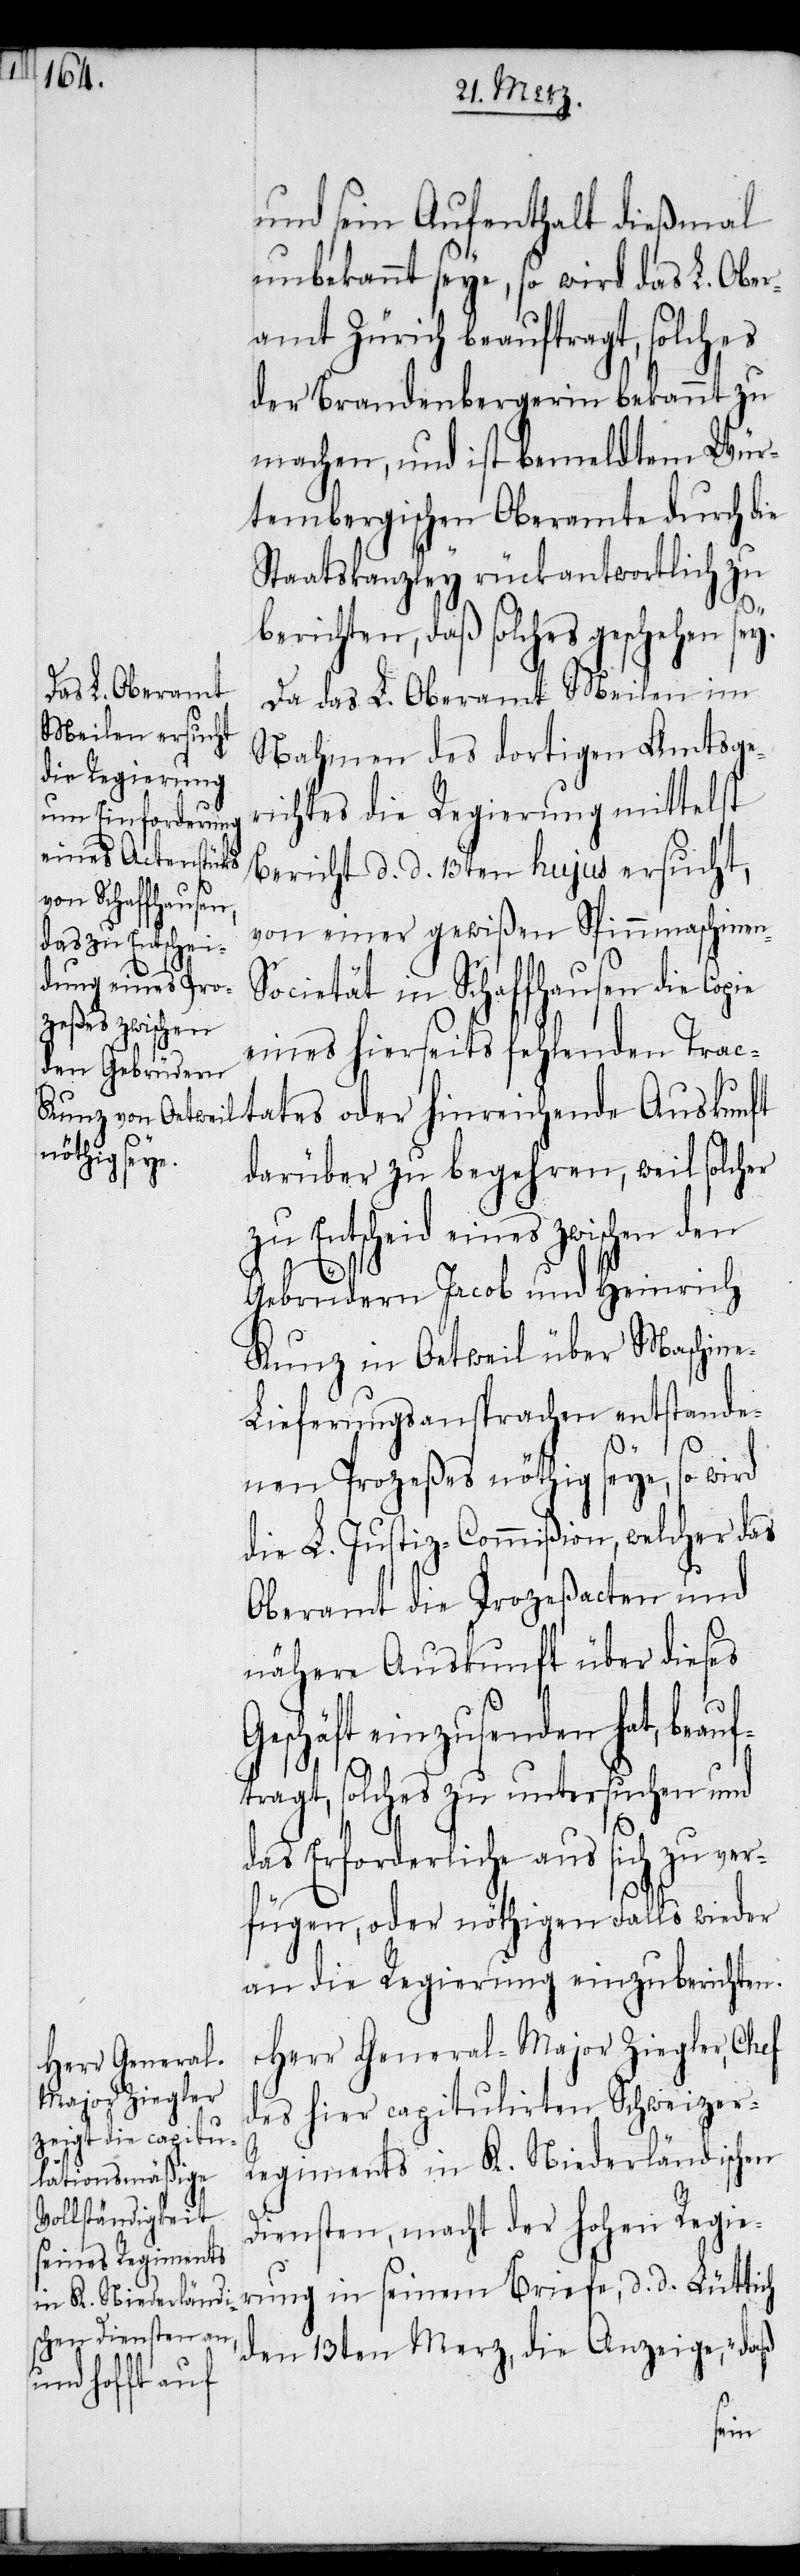
und sein Aufenthalt dießmal
unbekannt seye, so wird das L. Ober¬
amt Zürich beauftragt, solches
der Brandenbergerin bekannt zu
machen, und ist bemeldtem Wür¬
tembergischen Oberamte durch die
Staatskanzley rückantwortlich zu
berichten, daß solches geschehen sey.
Da das L. Oberamt Meilen im
Nahmen des dortigen Amtsge¬
richtes die Regierung mittelst
Bericht d. d. 13ten hujus ersucht,
von einer gewißen Spinnmaschinen-S¬
ocietät in Schaffhausen die Copie
eines hierseits fehlenden Trac¬
tates oder
darüber zu begehren, weil solcher
zu Entscheid eines zwischen den
Gebrüdern Jacob und Heinrich
Kunz in Oetweil über Maschin¬
e-Lieferungsansprachen entstande¬
d.
nen Prozeßes nöthig seye, so wird
die L. Justiz-Commißion, welcher das
Oberamt die Prozeßacten und
nähere Auskunft über dieses
Geschäft einzusenden hat, beauf¬
tragt, solches zu untersuchen und
das Erforderliche aus sich zu ver¬
fügen, oder nöthigen Falls wieder
an die Regierung einzuberichten.
Herr General-Major Ziegler, Chef
des hier capitulirten Schweizer-R¬
egiments in K. Niederländischen
Diensten, macht der hohen Regie¬
den 13ten Merz, die Anzeige, „daß
in